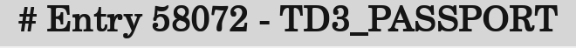
# Entry 58072 - TD3_PASSPORT